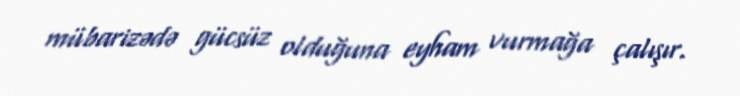
mübarizədə gücsüz olduğuna eyham vurmağa çalışır.